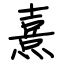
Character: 熹